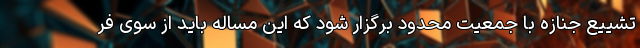
تشییع جنازه با جمعیت محدود برگزار شود که این مساله باید از سوی فر